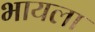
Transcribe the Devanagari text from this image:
भायला